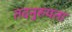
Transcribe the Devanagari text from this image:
तदनुरुपता